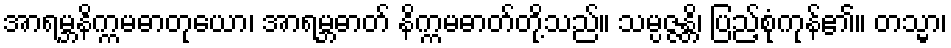
အာရမ္ဘနိက္ကမဓာတုယော၊ အာရမ္ဘဓာတ် နိက္ကမဓာတ်တို့သည်။ သမ္ပဇ္ဇန္တိ၊ ပြည့်စုံကုန်၏။ တသ္မာ၊